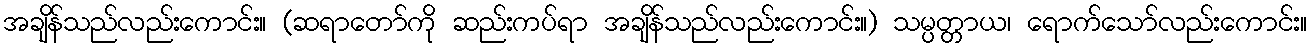
အချိန်သည်လည်းကောင်း။ (ဆရာတော်ကို ဆည်းကပ်ရာ အချိန်သည်လည်းကောင်း။) သမ္ပတ္တာယ၊ ရောက်သော်လည်းကောင်း။